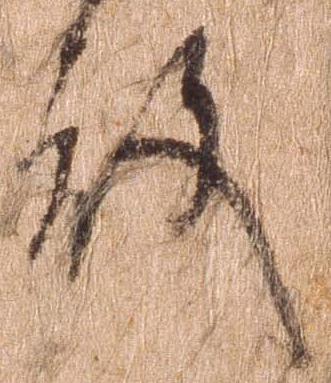
殿